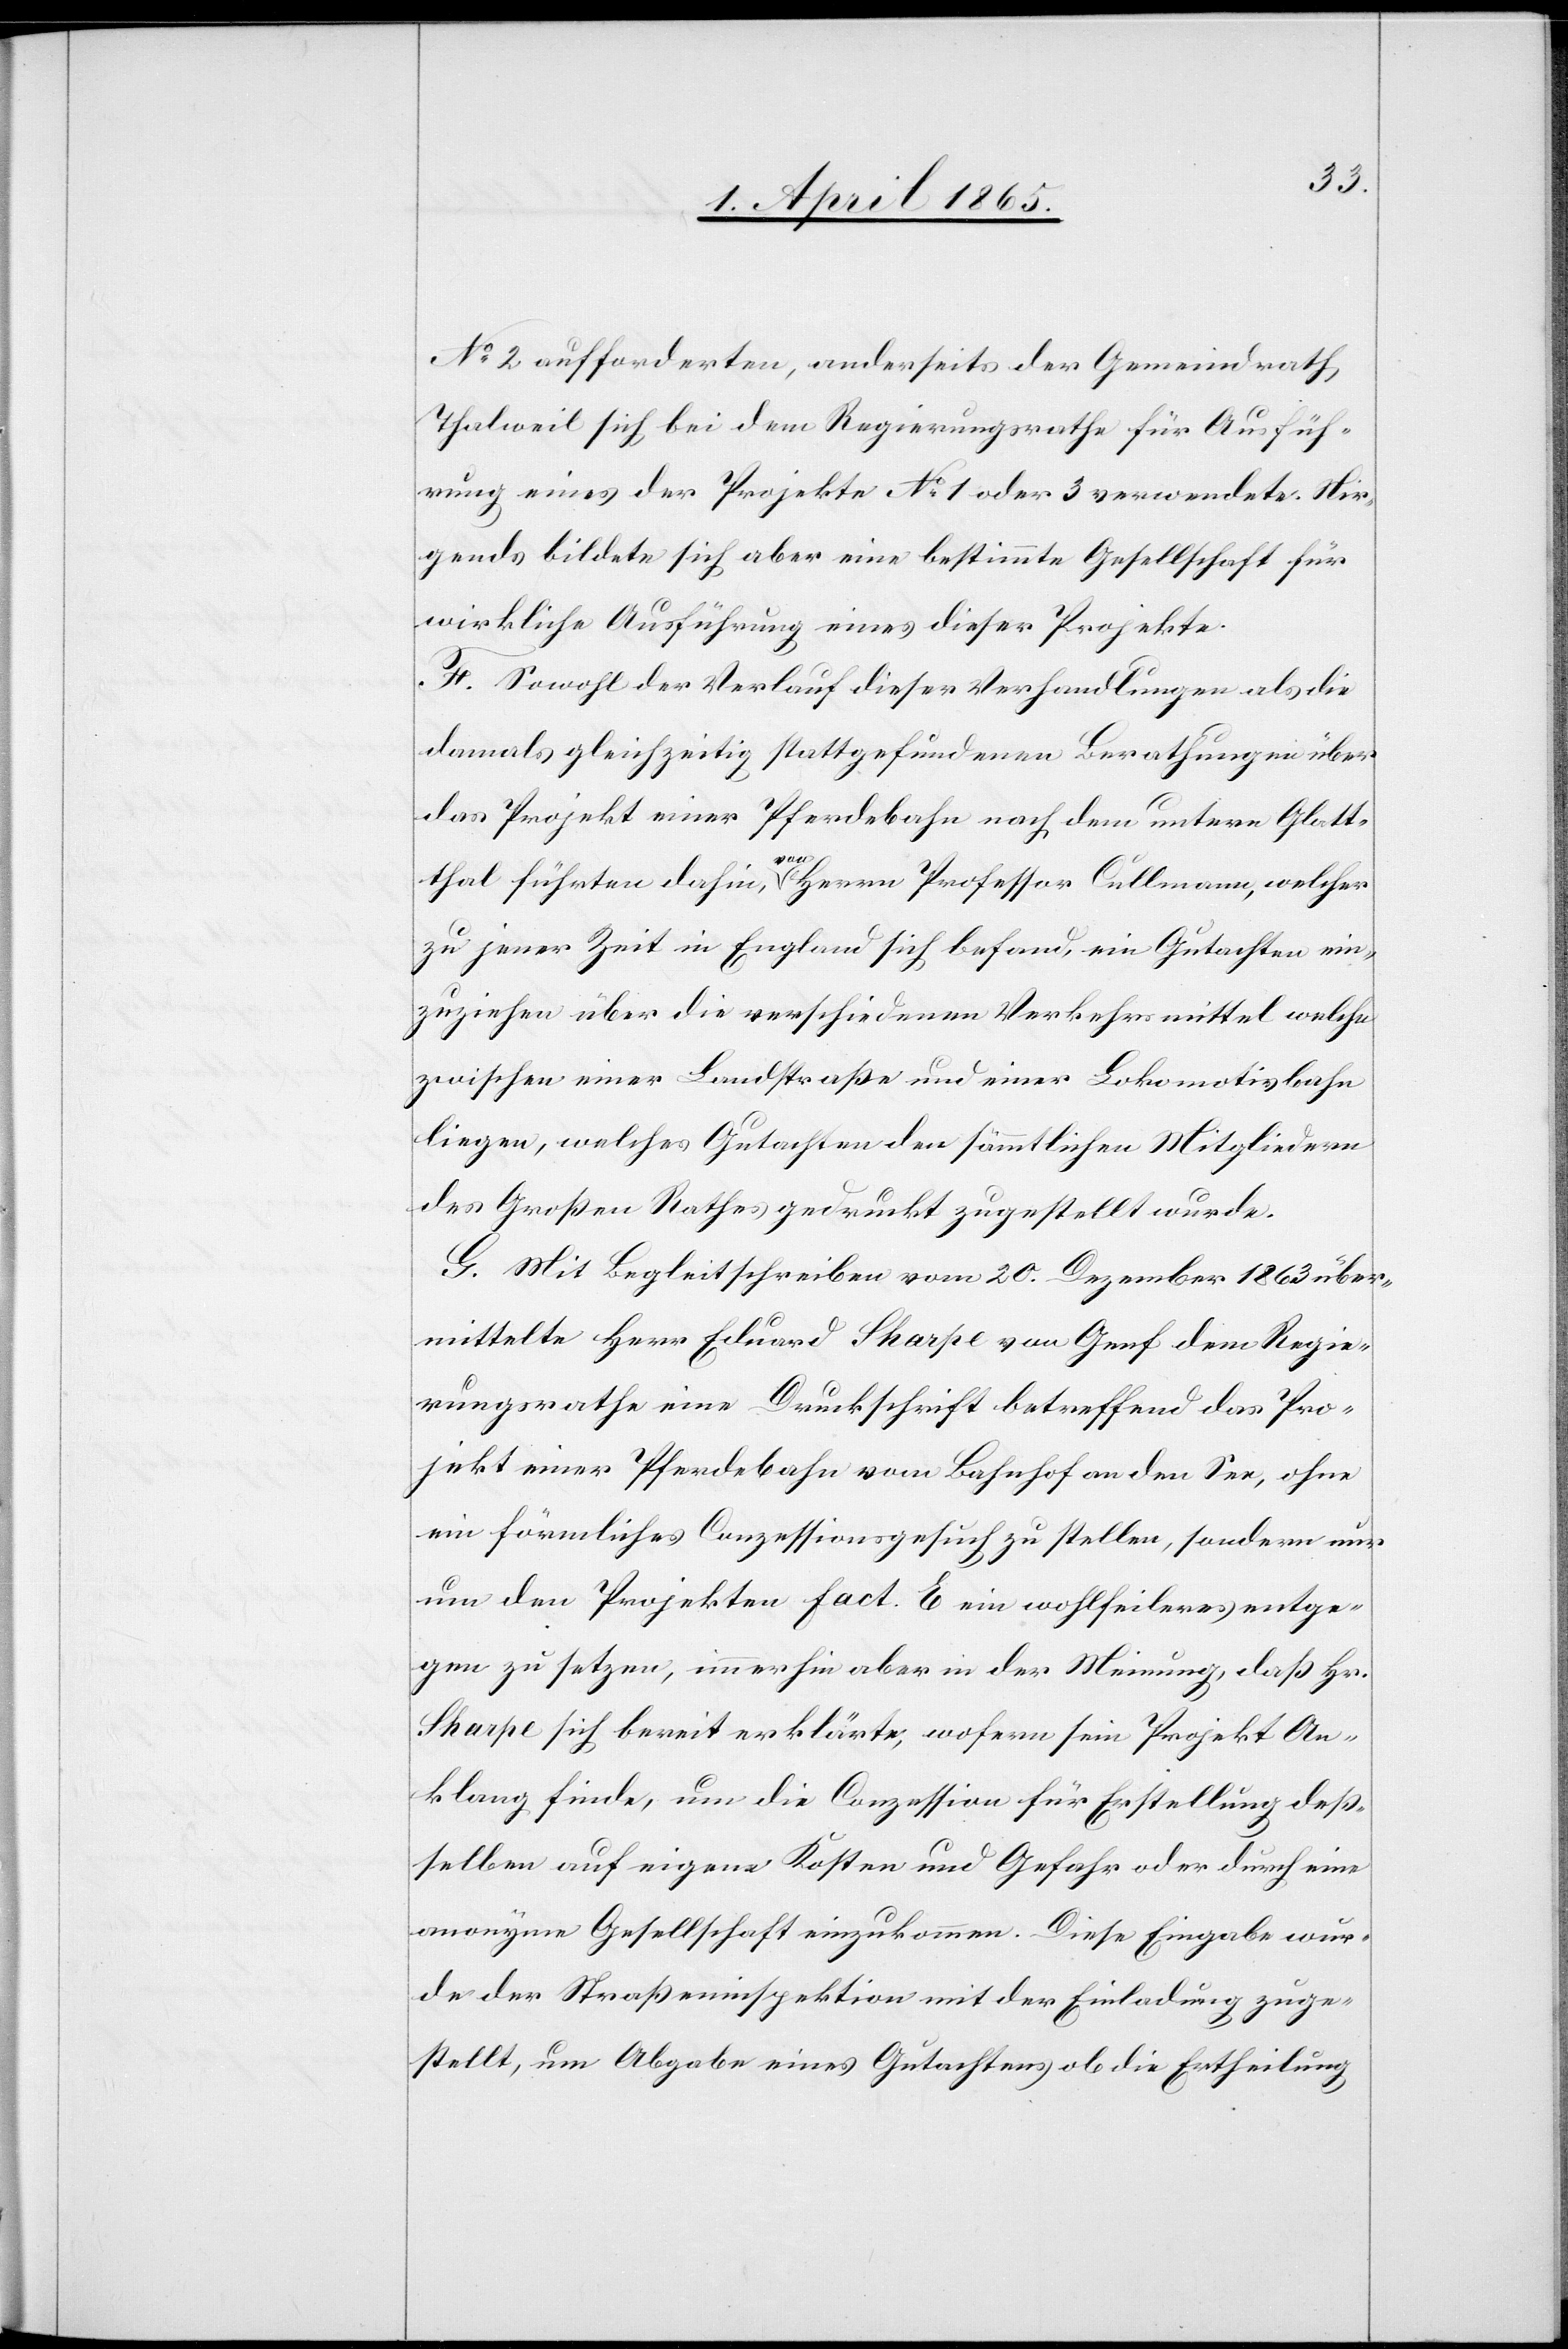
No 2 aufforderten, anderseits der Gemeindrath
Thalweil sich bei dem Regierungsrathe für Ausfüh¬
rung eines der Projekte No 1 oder 3 verwendete. Nir¬
gends bildete sich aber eine bestimmte Gesellschaft für
wirkliche Ausführung eines dieser Projekte.
F. Sowohl der Verlauf dieser Verhandlungen als die
damals gleichzeitig stattgefundenen Berathungen über
das Projekt einer Pferdebahn nach dem untern Glatt¬
thal führten dahin, von Herrn Professor Cullmann, welcher
zu jener Zeit in England sich befand, ein Gutachten ein¬
zuziehen über die verschiedenen Verkehrsmittel welche
zwischen einer Landstraße und einer Lokomotivbahn
liegen, welches Gutachten den sämtlichen Mitgliedern
des Großen Rathes gedruckt zugestellt wurde.
G. Mit Begleitschreiben vom 20. Dezember 1863 über¬
mittelte Herr Eduard Sharpe von Genf dem Regie¬
rungsrathe eine Druckschrift betreffend das Pro¬
jekt einer Pferdebahn vom Bahnhof an den See, ohne
ein förmliches Conzessionsgesuch zu stellen, sondern nur
um den Projekten Fact. E ein wohlfeileres entge¬
gen zu setzen, immerhin aber in der Meinung, daß Hr.
Sharpe sich bereit erklärte, wofern sein Projekt An¬
klang finde, um die Conzession für Erstellung deß¬
selben auf eigene Kosten und Gefahr oder durch eine
anonyme Gesellschaft einzukommen. Diese Eingabe wur¬
de der Straßeninspektion mit der Einladung zuge¬
stellt, um Abgabe eines Gutachtens ob die Ertheilung